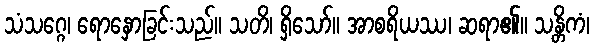
သံသဂ္ဂေ၊ ရောနှောခြင်းသည်။ သတိ၊ ရှိသော်။ အာစရိယဿ၊ ဆရာ၏။ သန္တိကံ၊